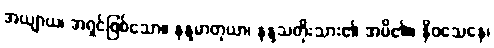
အယျာယ၊ အရှင်ဖြစ်သော။ နန္ဒမာတုယာ၊ နန္ဒသတိုးသား၏ အမိ၏။ နိဝသေနေ၊